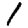
Digit: 1